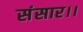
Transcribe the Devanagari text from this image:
संसार।।